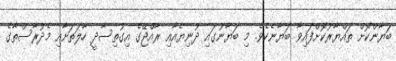
ބަޔާންކޮށް ތައްޔާރުކޮށްފައިވާ ބަޔާނެކެވެ. މި ބަޔާނުގައި ދުނިޔެއާއި ރާއްޖޭގެ އިގުތިސާދީ ހާލަތަށާއި މެދުރާސްތާގެ